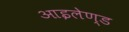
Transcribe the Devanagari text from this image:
आइलेण्ड